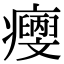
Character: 𤼄